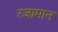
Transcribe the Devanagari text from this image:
रजामान